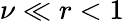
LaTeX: \nu\ll r<1